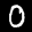
Label: 0